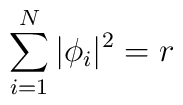
\sum_{i=1}^{N}|\phi_{i}|^{2}=r